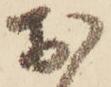
お